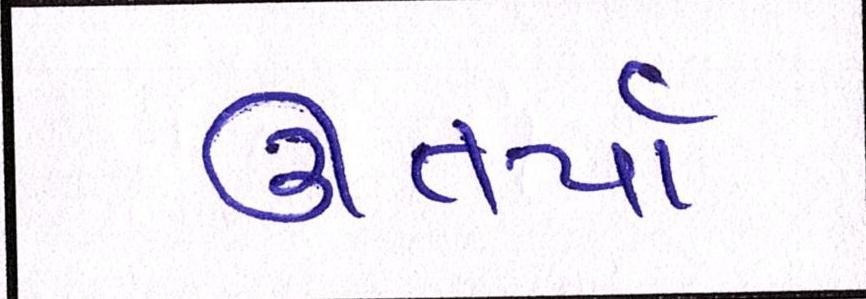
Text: ઊતર્યાં